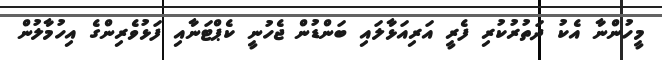
މީހުންނާ އެކު ދަތުރުކުރި ފެރީ އަރިއަޅާލައި ބަންޑުން ޖެހުނީ ކެޕްޓަނާއި ފަޅުވެރިންގެ އިހުމާލުން